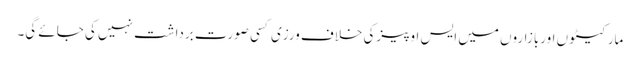
مارکیٹو ں اوربازاروں میں ایس او پیزکی خلاف ورزی کسی صورت برداشت نہیں کی جائے گی۔